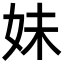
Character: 妹